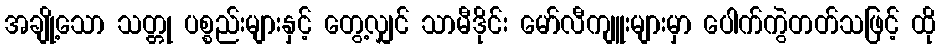
အချို့သော သတ္တု ပစ္စည်းများနှင့် တွေ့လျှင် သာမီဒိုင်း မော်လီကျူးများမှာ ပေါက်ကွဲတတ်သဖြင့် ထို